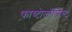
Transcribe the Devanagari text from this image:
फाय्टोलॉजिस्ट